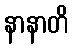
နာနာတိ